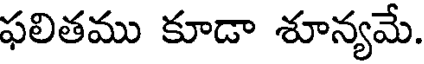
ఫలితము కూడా శూన్యమే.